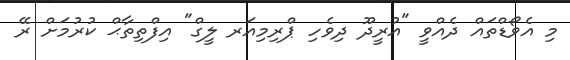
މި އެވޯޑްތައް ދެއްވީ "އުރީދޫ ދިވެހި ޕްރިމިއަރ ލީގް" އިފްތިތާޙް ކުރުމަށް ރޭ